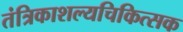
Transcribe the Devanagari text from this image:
तंत्रिकाशल्यचिकित्सक